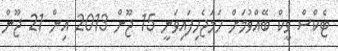
ޓެކްސް ވީކް ބޭއްވުމަށް ހަމަޖެހިފައިވަނީ 15 ޖޫން 2013 އިން 21 ޖޫން